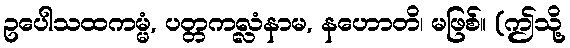
ဥပေါသထကမ္မံ, ပတ္တကလ္လံနာမ, နဟောတိ၊ မဖြစ်။ (ဤသို့